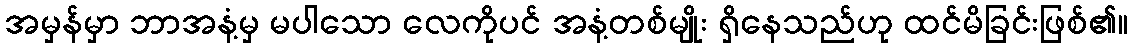
အမှန်မှာ ဘာအနံ့မှ မပါသော လေကိုပင် အနံ့တစ်မျိုး ရှိနေသည်ဟု ထင်မိခြင်းဖြစ်၏။